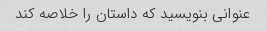
عنوانی بنویسید که داستان را خلاصه کند